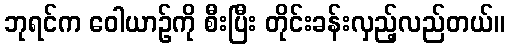
ဘုရင်က ဝေါယာဉ်ကို စီးပြီး တိုင်းခန်းလှည့်လည်တယ်။